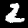
Label: 2